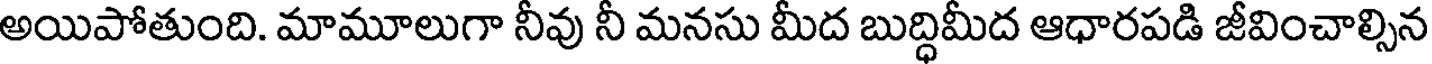
అయిపోతుంది. మామూలుగా నీవు నీ మనసు మీద బుద్ధిమీద ఆధారపడి జీవించాల్సిన